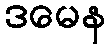
ဒမေန